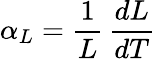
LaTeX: \alpha_{L}={\frac{1}{L}}\, {\frac{dL}{dT}}